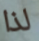
لذا